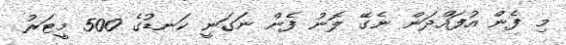
މި ފެން އުފައްދަން ނެގޭ ލޮނު ފެން ނަގަނީ ކަނޑުގެ 500 މީޓަރު